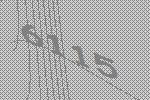
6115